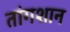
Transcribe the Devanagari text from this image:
तांगशान